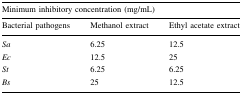
| <COLSPAN=3> Minimum inhibitory concentration (mg/mL) |
 | Bacterial pathogens | Methanol extract | Ethyl acetate extract |
 | --- | --- | --- |
 | Sa | 6.25 | 12.5 |
 | Ec | 12.5 | 25 |
 | St | 6.25 | 6.25 |
 | Bs | 25 | 12.5 |